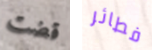
قضت فطائر